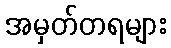
အမှတ်တရများ